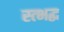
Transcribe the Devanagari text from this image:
स्त्भद्ध